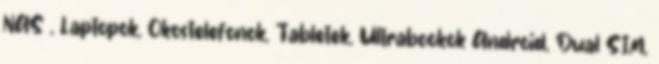
NAS , Laptopok, Okostelefonok, Tabletek, Ultrabookok Android, Dual SIM,